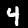
Label: 4